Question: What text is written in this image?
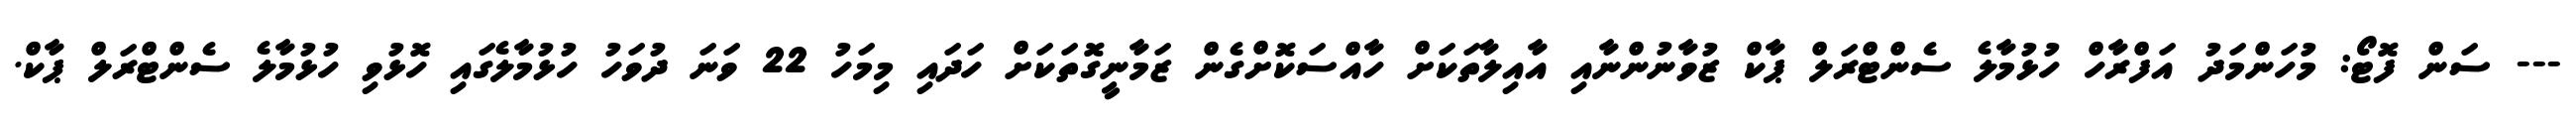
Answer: --- ސަން ފޮޓޯ: މުހަންމަދު އަފްރާހް ހުޅުމާލެ ސެންޓްރަލް ޕާކް ޒުވާނުންނާއި އާއިލާތަކަށް ހާއްސަކޮށްގެން ޒަމާނީގޮތަކަށް ހަދައި މިމަހު 22 ވަނަ ދުވަހު ހުޅުމާލެގައި ހޮޅުވި ހުޅުމާލެ ސެންޓްރަލް ޕާކް.